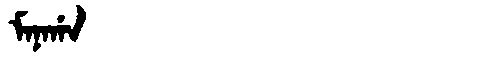
Manchu: ᠮᠠᠨᠠᡤᠠ
Romanization: MANAGA